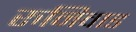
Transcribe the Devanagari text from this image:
रुनिवाड